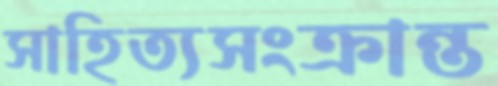
সাহিত্যসংক্রান্ত